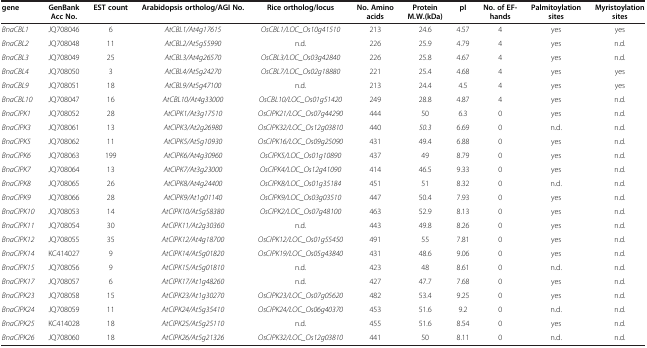
<table><thead><tr><td><b>gene</b></td><td><b>GenBank Acc No.</b></td><td><b>EST count</b></td><td><b>Arabidopsis ortholog/AGI No.</b></td><td><b>Rice ortholog/locus</b></td><td><b>No. Amino acids</b></td><td><b>Protein M.W.(kDa)</b></td><td><b>pI</b></td><td><b>No. of EF-hands</b></td><td><b>Palmitoylation sites</b></td><td><b>Myristoylation sites</b></td></tr></thead><tbody><tr><td><i>BnaCBL1</i></td><td>JQ708046</td><td>6</td><td><i>AtCBL1/At4g17615</i></td><td><i>OsCBL1/LOC_Os10g41510</i></td><td>213</td><td>24.6</td><td>4.57</td><td>4</td><td>yes</td><td>yes</td></tr><tr><td><i>BnaCBL2</i></td><td>JQ708048</td><td>11</td><td><i>AtCBL2/At5g55990</i></td><td>n.d.</td><td>226</td><td>25.9</td><td>4.79</td><td>4</td><td>yes</td><td>n.d.</td></tr><tr><td><i>BnaCBL3</i></td><td>JQ708049</td><td>25</td><td><i>AtCBL3/At4g26570</i></td><td><i>OsCBL3/LOC_Os03g42840</i></td><td>226</td><td>25.8</td><td>4.67</td><td>4</td><td>yes</td><td>n.d.</td></tr><tr><td><i>BnaCBL4</i></td><td>JQ708050</td><td>3</td><td><i>AtCBL4/At5g24270</i></td><td><i>OsCBL7/LOC_Os02g18880</i></td><td>221</td><td>25.4</td><td>4.68</td><td>4</td><td>yes</td><td>yes</td></tr><tr><td><i>BnaCBL9</i></td><td>JQ708051</td><td>18</td><td><i>AtCBL9/At5g47100</i></td><td>n.d.</td><td>213</td><td>24.4</td><td>4.5</td><td>4</td><td>yes</td><td>yes</td></tr><tr><td><i>BnaCBL10</i></td><td>JQ708047</td><td>16</td><td><i>AtCBL10/At4g33000</i></td><td><i>OsCBL10/LOC_Os01g51420</i></td><td>249</td><td>28.8</td><td>4.87</td><td>4</td><td>yes</td><td>n.d.</td></tr><tr><td><i>BnaCIPK1</i></td><td>JQ708052</td><td>28</td><td><i>AtCIPK1/At3g17510</i></td><td><i>OsCIPK21/LOC_Os07g44290</i></td><td>444</td><td>50</td><td>6.3</td><td>0</td><td>yes</td><td>n.d.</td></tr><tr><td><i>BnaCIPK3</i></td><td>JQ708061</td><td>13</td><td><i>AtCIPK3/At2g26980</i></td><td><i>OsCIPK32/LOC_Os12g03810</i></td><td>440</td><td><i>50.3</i></td><td>6.69</td><td>0</td><td>n.d.</td><td>n.d.</td></tr><tr><td><i>BnaCIPK5</i></td><td>JQ708062</td><td>11</td><td><i>AtCIPK5/At5g10930</i></td><td><i>OsCIPK16/LOC_Os09g25090</i></td><td>431</td><td>49.4</td><td>6.88</td><td>0</td><td>yes</td><td>n.d.</td></tr><tr><td><i>BnaCIPK6</i></td><td>JQ708063</td><td>199</td><td><i>AtCIPK6/At4g30960</i></td><td><i>OsCIPK5/LOC_Os01g10890</i></td><td>437</td><td>49</td><td>8.79</td><td>0</td><td>yes</td><td>n.d.</td></tr><tr><td><i>BnaCIPK7</i></td><td>JQ708064</td><td>13</td><td><i>AtCIPK7/At3g23000</i></td><td><i>OsCIPK4/LOC_Os12g41090</i></td><td>414</td><td>46.5</td><td>9.33</td><td>0</td><td>yes</td><td>n.d.</td></tr><tr><td><i>BnaCIPK8</i></td><td>JQ708065</td><td>26</td><td><i>AtCIPK8/At4g24400</i></td><td><i>OsCIPK8/LOC_Os01g35184</i></td><td>451</td><td>51</td><td>8.32</td><td>0</td><td>n.d.</td><td>n.d.</td></tr><tr><td><i>BnaCIPK9</i></td><td>JQ708066</td><td>28</td><td><i>AtCIPK9/At1g01140</i></td><td><i>OsCIPK9/LOC_Os03g03510</i></td><td>447</td><td>50.4</td><td>7.93</td><td>0</td><td>yes</td><td>n.d.</td></tr><tr><td><i>BnaCIPK10</i></td><td>JQ708053</td><td>14</td><td><i>AtCIPK10/At5g58380</i></td><td><i>OsCIPK2/LOC_Os07g48100</i></td><td>463</td><td>52.9</td><td>8.13</td><td>0</td><td>yes</td><td>n.d.</td></tr><tr><td><i>BnaCIPK11</i></td><td>JQ708054</td><td>30</td><td><i>AtCIPK11/At2g30360</i></td><td>n.d.</td><td>443</td><td>49.8</td><td>8.26</td><td>0</td><td>yes</td><td>n.d.</td></tr><tr><td><i>BnaCIPK12</i></td><td>JQ708055</td><td>35</td><td><i>AtCIPK12/At4g18700</i></td><td><i>OsCIPK12/LOC_Os01g55450</i></td><td>491</td><td>55</td><td>7.81</td><td>0</td><td>yes</td><td>n.d.</td></tr><tr><td><i>BnaCIPK14</i></td><td>KC414027</td><td>9</td><td><i>AtCIPK14/At5g01820</i></td><td><i>OsCIPK19/LOC_Os05g43840</i></td><td>431</td><td>48.6</td><td>9.06</td><td>0</td><td>yes</td><td>n.d.</td></tr><tr><td><i>BnaCIPK15</i></td><td>JQ708056</td><td>9</td><td><i>AtCIPK15/At5g01810</i></td><td>n.d.</td><td>423</td><td>48</td><td>8.61</td><td>0</td><td>n.d.</td><td>n.d.</td></tr><tr><td><i>BnaCIPK17</i></td><td>JQ708057</td><td>6</td><td><i>AtCIPK17/At1g48260</i></td><td>n.d.</td><td>427</td><td>47.7</td><td>7.68</td><td>0</td><td>yes</td><td>n.d.</td></tr><tr><td><i>BnaCIPK23</i></td><td>JQ708058</td><td>15</td><td><i>AtCIPK23/At1g30270</i></td><td><i>OsCIPK23/LOC_Os07g05620</i></td><td>482</td><td>53.4</td><td>9.25</td><td>0</td><td>yes</td><td>n.d.</td></tr><tr><td><i>BnaCIPK24</i></td><td>JQ708059</td><td>11</td><td><i>AtCIPK24/At5g35410</i></td><td><i>OsCIPK24/LOC_Os06g40370</i></td><td>453</td><td>51.6</td><td>9.2</td><td>0</td><td>n.d.</td><td>n.d.</td></tr><tr><td><i>BnaCIPK25</i></td><td>KC414028</td><td>18</td><td><i>AtCIPK25/At5g25110</i></td><td>n.d.</td><td>455</td><td>51.6</td><td>8.54</td><td>0</td><td>yes</td><td>n.d.</td></tr><tr><td><i>BnaCIPK26</i></td><td>JQ708060</td><td>18</td><td><i>AtCIPK26/At5g21326</i></td><td><i>OsCIPK32/LOC_Os12g03810</i></td><td>441</td><td>50</td><td>8.11</td><td>0</td><td>n.d.</td><td>n.d.</td></tr></tbody></table>